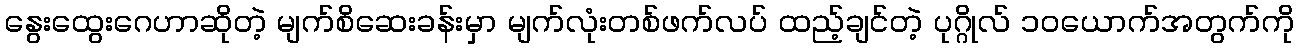
နွေးထွေးဂေဟာဆိုတဲ့ မျက်စိဆေးခန်းမှာ မျက်လုံးတစ်ဖက်လပ် ထည့်ချင်တဲ့ ပုဂ္ဂိုလ် ၁၀ယောက်အတွက်ကို